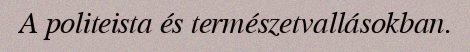
A politeista és természetvallásokban.